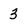
Character: 3